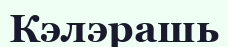
Кэлэрашь